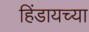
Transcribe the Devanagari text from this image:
हिंडायच्या